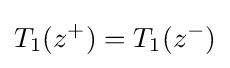
T_{1}(z^{+})=T_{1}(z^{-})